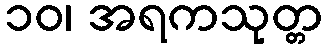
၁၀၊ အရကသုတ္တ